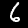
Digit: 6